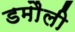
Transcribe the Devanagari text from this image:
डमाैली